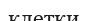
клетки